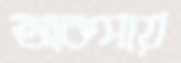
আকসায়